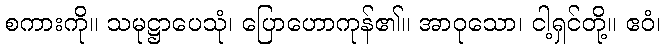
စကားကို။ သမုဋ္ဌာပေသုံ၊ ပြောဟောကုန်၏။ အာဝုသော၊ ငါ့ရှင်တို့။ ဧဝံ၊